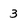
Character: 3